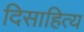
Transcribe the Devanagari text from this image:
दिसाहित्य